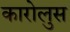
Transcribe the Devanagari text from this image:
कारोलुस